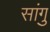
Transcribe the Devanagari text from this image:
सांगु